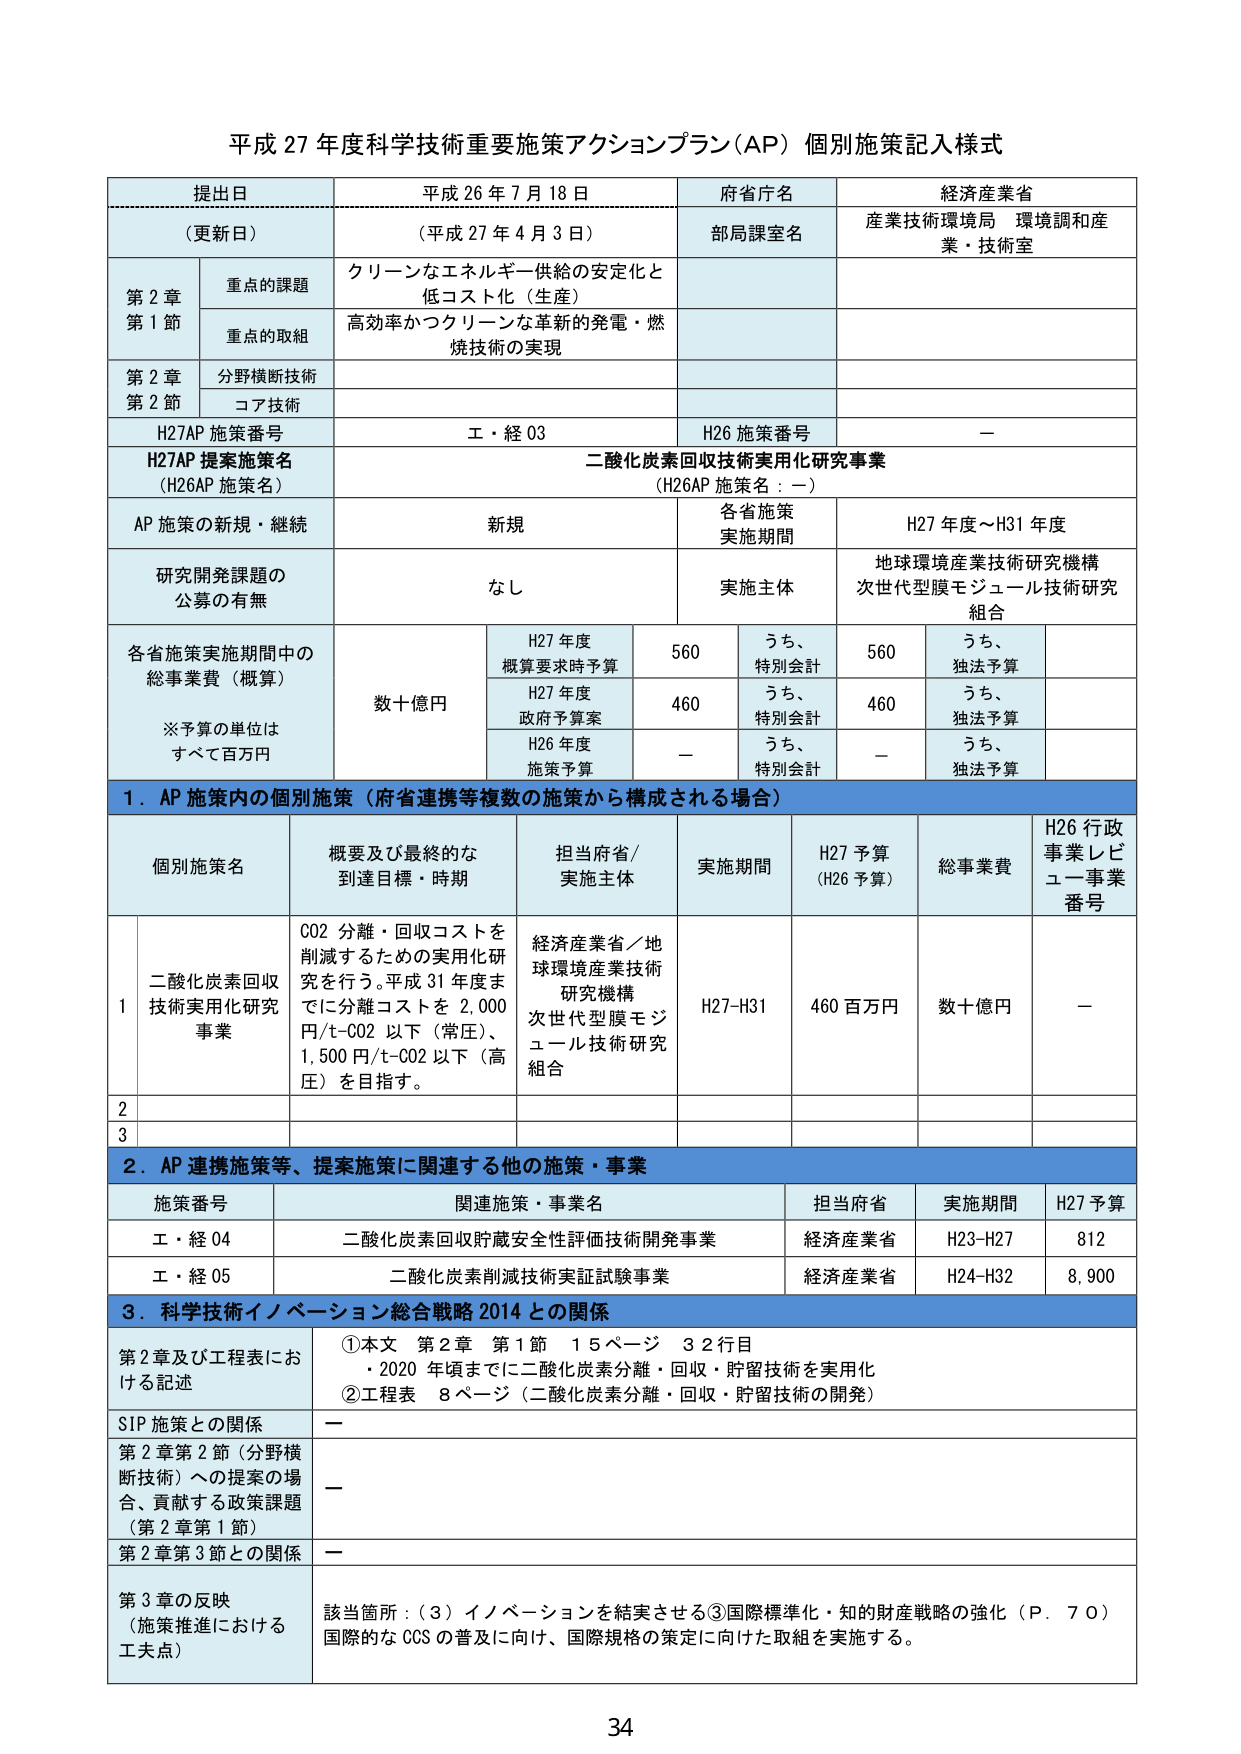
平成 27 年度科学技術重要施策アクションプラン（AP）個別施策記入様式

提出日 平成 26 年 7 月 18 日
（更新日） （平成 27 年 4 月 3 日）
府省庁名 経済産業省
部局課室名 産業技術環境局 環境調和産業・技術室

第 2 章 重点の課題 クリーンなエネルギー供給の安定化と
第 1 節 低コスト化（生産）
重点の取組 高効率かつクリーンな革新的発電・燃
焼技術の実現

第 2 章 分野横断技術
第 2 節 コア技術

H27AP 施策番号 エ・経 03
H26 施策番号 －

H27AP 提案施策名 二酸化炭素回収技術実用化研究事業
（H26AP 施策名） （H26AP 施策名：－）

AP 施策の新規・継続 新規
各省施策 実施期間 H27 年度～H31 年度

研究開発課題の 公募の有無 なし
実施主体 地球環境産業技術研究機構
次世代型膜モジュール技術研究組合

各省施策実施期間中の 総事業費（概算） 数十億円
※予算の単位は すべて百万円

H27 年度 概算要求時予算 560 うち、 特別会計 560 うち、 独法予算
H27 年度 政府予算案 460 うち、 特別会計 460 うち、 独法予算
H26 年度 施策予算 － うち、 特別会計 － うち、 独法予算

1．AP 施策内の個別施策（府省連携等複数の施策から構成される場合）

個別施策名 概要及び最終的な 到達目標・時期 担当府省／ 実施主体 実施期間 H27 予算 （H26 予算） 総事業費 H26 行政 事業レビュー事業 番号

1 二酸化炭素回収 技術実用化研究 事業 CO2 分離・回収コストを 削減するための実用化研究を行う。平成 31 年度までに分離コストを 2,000 円/t-CO2 以下（常圧）、 1,500 円/t-CO2 以下（高圧）を目指す。 経済産業省／地球環境産業技術研究機構 次世代型膜モジュール技術研究組合 H27-H31 460 百万円 数十億円 －

2

3

2．AP 連携施策等、提案施策に関連する他の施策・事業

施策番号 関連施策・事業名 担当府省 実施期間 H27 予算

エ・経 04 二酸化炭素回収貯蔵安全性評価技術開発事業 経済産業省 H23-H27 812

エ・経 05 二酸化炭素削減技術実証試験事業 経済産業省 H24-H32 8,900

3．科学技術イノベーション総合戦略 2014 との関係

第 2 章及び工程表における記述 ①本文 第 2 章 第 1 節 15 ページ 32 行目 ・2020 年頃までに二酸化炭素分離・回収・貯留技術を実用化 ②工程表 8 ページ（二酸化炭素分離・回収・貯留技術の開発）

SIP 施策との関係 －

第 2 章第 2 節（分野横断技術）への提案の場合、貢献する政策課題（第 2 章第 1 節） －

第 2 章第 3 節との関係 －

第 3 章の反映 （施策推進における工夫点） 該当箇所：（3）イノベーションを結実させる③国際標準化・知的財産戦略の強化（P．70） 国際的な CCS の普及に向け、国際規格の策定に向けた取組を実施する。

34